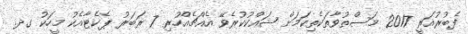
ފެބުރުއަރީ 2017 މަސްތުވާތަކެތިކަމަށް ޝައްކުކުރެވޭ އެއްޗެއްހުރި 7 ރަބަރު ޕެކެޓާއެކު މީހަކު ގދ.